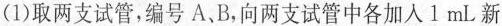
(1)取两支试管，编号A、B，向两支试管中各加入l mL新